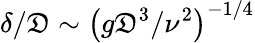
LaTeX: \delta/\mathfrak{D}\sim\left(g\mathfrak{D}^{3}/\nu^{2}\right)^{-1/4}